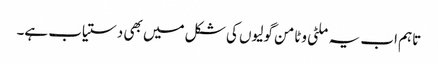
تاہم اب یہ ملٹی وٹامن گولیوں کی شکل میں بھی دستیاب ہے۔